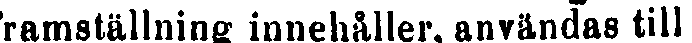
framställning innehåller, användas till